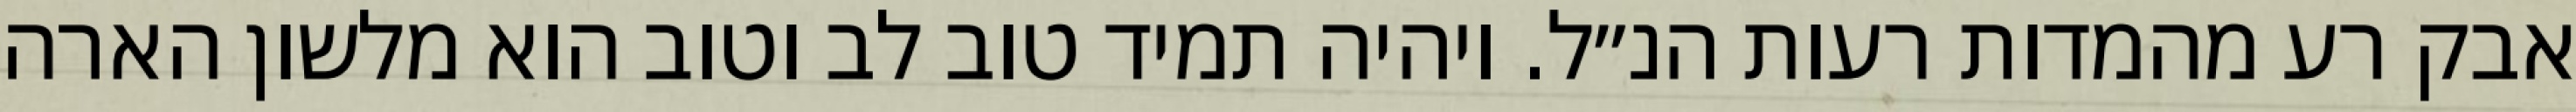
אבק רע מהמדות רעות הנ״ל. ויהיה תמיד טוב לב וטוב הוא מלשון הארה